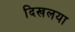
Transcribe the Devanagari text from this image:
दिखलया